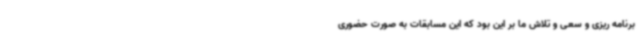
برنامه ریزی و سعی و تلاش ما بر این بود که این مسابقات به صورت حضوری